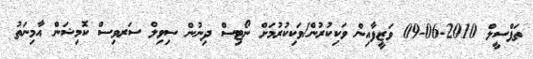
ތަފްސީލް 2010-06-09 ވަޒީފާއިން ވަކިކުރުން/ވަކިކުރުމަށް ނޯޓިސް ދިނުން ސިވިލް ސަރވިސް ކޮމިޝަން އާމިނަތު